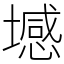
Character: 㙳